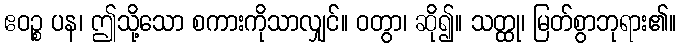
ဧဝဉ္စ ပန၊ ဤသို့သော စကားကိုသာလျှင်။ ဝတွာ၊ ဆို၍။ သတ္ထု၊ မြတ်စွာဘုရား၏။